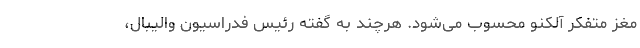
مغز متفکر آلکنو محسوب می‌شود. هرچند به گفته رئیس فدراسیون والیبال،